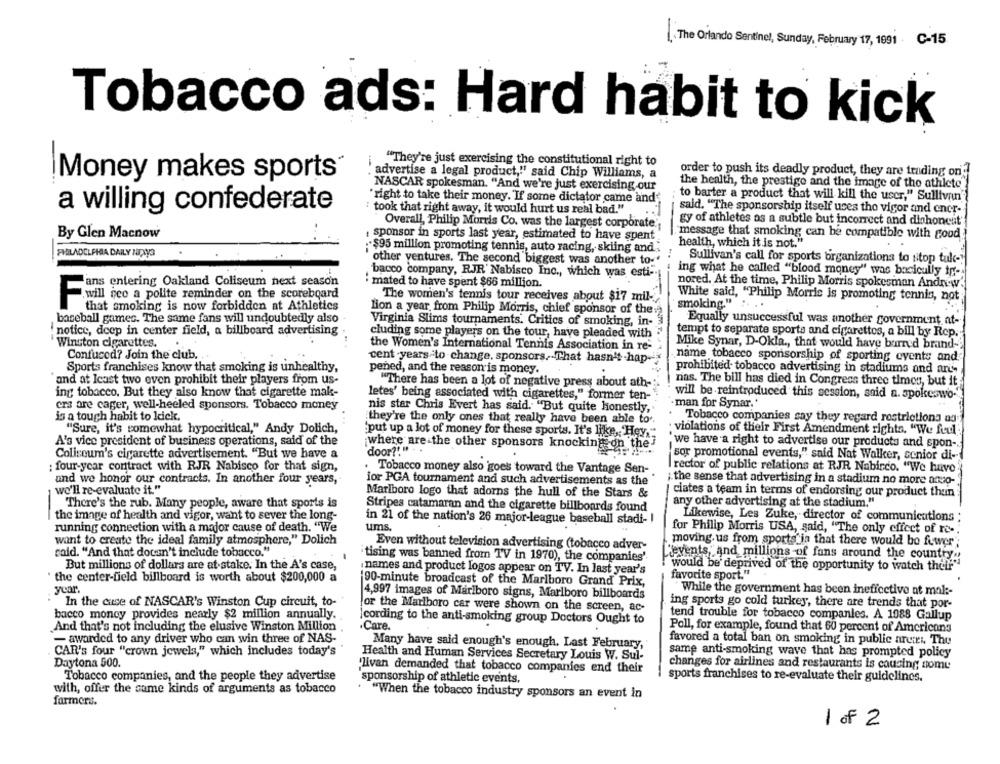
The Orlando Sentinel, Sunday, February 17, 1991 C-15
Tobacco ads: Hard habit to kick
"They're just exercising the constitutional right to
Money makes sports"
advertise a legal product," said Chip Williams, a
order to push its deadly product, they are trading on'
NASCAR spokesman. "And we're just exercising our
the health, the prestige and the image of the athlete
right to take their money. If some dictator came and"
to barter a product that will kill the user," Sullivan"
a willing confederate
: took that right away, it would hurt us real bad."
said. "The sponsorship itself uces tho vigor and encr-
gy of athletes os a subtle but incorrect and dishonest'
Overall, Philip Morris Co. was the largest corporate .;
By Glen Macnow
, sponsor in sports last year, estimated to have spent
message that smoking can be compatible with good
health, which it is not."
·$95 million promoting tennis, auto racing, skiing and.
PHILADELPHIA DAILY ZUPING
other ventures. The second biggest was another to-'
Sullivan's call for sports organizations to stop tuk-
bacco company, RJR' Nabisco Inc ., which was esti-
ing what he called "blood money" was bacicully in-
mated to have spent $66 million.
ans entering Oakland Coliseum next season
nored. At the time, Philip Morris spokesman Andrew
will nee a polite reminder on the scoreboard
The women's tennis tour receives about $17 mil-
White said, "Philip Morris is promoting tennis, not
F
smoking."
that smoking is now forbidden at Athletics
lion a year from Philip Morris, chief sponsor of the
baseball gamec. The same fans will undoubtedly also
Virginia Slims tournaments. Critics of smoking, in-
Equally unsuccessful was another government at-
notice, deep in center field, a billboard advertising
cluding some players on the tour, have pleaded with
tempt to separate sports and cigarettes, a bill by Rep.
Winston cigarettes.
the Women's International Tennis Association in re-
Mike Synar, D-Okla ., that would have burn'd brand-
Confused? Join the club.
cent -years-to change. sponsors, That hasn't -hap
name tobacco sponsorship of sporting events and
Sports franchises know that smoking is unhealthy,
pened, and the reason is money.
prohibited tobacco advertising in stadiums and are-
and at Icast two even prohibit their players from us-
"There has been a lot of negative press about ath-
nas. The bill has died in Congress three times, but it
ing tobacco, But they also know that cigarette mak-
letes' being associated with cigarettes," former ten-
will be reintroduced this session, said a. spokeswo-
ers are cager, well-heeled sponsors. Tobacco money
man for Synar.'
nis star Chris Evert has said. "But quite honestly,
is a tough habit to lick.
they're the only ones that really have been able to'.
Tobacco companies say they regard restrictions og
"Sure, it's somewhat hypocritical," Andy Dolich,
put up a lot of money for these sports. It's like ,, Hey,
violations of their First Amendment rights. "We feel
A's vice president of business operations, said of the
where are the other sponsors knocking on the'
we have a right to advertise our products and spon -.
door?" " .
Coliseum's cigarette advertisement. "But we have a
sor promotional events," said Nat Walker, senior di-
: four-year contract with RJR Nabisco for that sign,
Tobacco money also goes toward the Vantage Sen-
I rector of public relations at RJR Nabirco. "We have
und we honor our contracts. In another four years,
ior PGA tournament and such advertisements as the
; the sense that advertising in a stadium no more ano-
we'll re-evaluate it."
Marlboro logo that adorns the hull of the Stars &
ciates a team in terms of endorsing our product thun
There's the rub. Many people, aware that sports is
any other advertising at the stadium."
Stripes catamaran and the cigarette billboards found
the image of health and vigor, want to sever the long-
in 21 of the nation's 26 major-league baseball stadi- I
Likewise, Les Zuke, director of communications :
running connection with a major cause of death. "We
ums
for Philip Morris USA, said, "The only effect of re-
want to create the ideal family atmosphere," Dolich
moving. us from sports in that there would be fuwer ;
Even without television advertising (tobacco adver-
cald. "And that docan't include tobacco."
tising was banned from TV in 1970), the companies'.
Revents, and millions of fans around the country.
But millions of dollars are at stake. In the A's case,
names and product logos appear on TV. In last year's
would be' deprived of the opportunity to watch thelf"
· the center-field billboard is worth about $200,000 a
favorite sport."
year.
90-minute broadcast of the Marlboro Grand Prix,
4,997 images of Marlboro signs, Marlboro billboards
While the government has been ineffective at mal :-
In the case of NASCAR's Winston Cup circuit, to-
ing sports go cold turkey, there are trends that por-
or the Marlboro car were shown on the screen, ac-
bacco money provides nearly $2 million annually.
tend trouble for tobacco companies. A 1088 Gallup
And that's not including the elusive Winston Million
.Care.
cording to the anti-smoking group Doctors Ought to
Poll, for example, found that 60 percent of Americans
- awarded to any driver who can win three of NAS-
favored a total ban on smoking in public areas The
Many have said enough's enough. Last February,
CAR's four "crown jewels," which includes today's
Health and Human Services Secretary Louis W. Sul-
same anti-smoking wave that has prompted policy
Daytona 500.
'livan demanded that tobacco companies end their
changes for airlines and restaurants is causing some
Tobacco companies, and the people they advertise
sponsorship of athletic events,
sports franchises to re-evaluate their guidelines.
with, offer the same kinds of arguments as tobacco
"When the tobacco industry sponsors an event in
farmers.
1 of 2